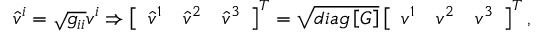
\begin{array} { r } { \hat { v } ^ { i } = \sqrt { g _ { i i } } v ^ { i } \Rightarrow \left[ \begin{array} { l l l } { \hat { v } ^ { 1 } } & { \hat { v } ^ { 2 } } & { \hat { v } ^ { 3 } } \end{array} \right] ^ { T } = \sqrt { d i a g \left[ \boldsymbol { G } \right] } \left[ \begin{array} { l l l } { v ^ { 1 } } & { v ^ { 2 } } & { v ^ { 3 } } \end{array} \right] ^ { T } , } \end{array}